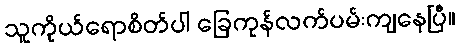
သူကိုယ်ရောစိတ်ပါ ခြေကုန်လက်ပမ်းကျနေပြီ။